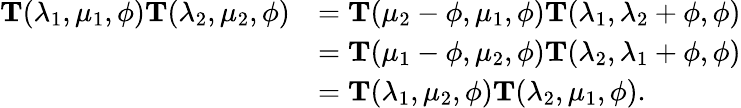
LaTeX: \begin{array}{rl}{\mathbf{T}(\lambda_{1},\mu_{1},\phi)\mathbf{T}(\lambda_{2},\mu_{2},\phi)}&{=\mathbf{T}(\mu_{2}-\phi,\mu_{1},\phi)\mathbf{T}(\lambda_{1},\lambda_{2}+\phi,\phi)}\\ &{=\mathbf{T}(\mu_{1}-\phi,\mu_{2},\phi)\mathbf{T}(\lambda_{2},\lambda_{1}+\phi,\phi)}\\ &{=\mathbf{T}(\lambda_{1},\mu_{2},\phi)\mathbf{T}(\lambda_{2},\mu_{1},\phi).}\end{array}